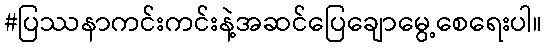
#ပြဿနာကင်းကင်းနဲ့အဆင်ပြေချောမွေ့စေရေးပါ။